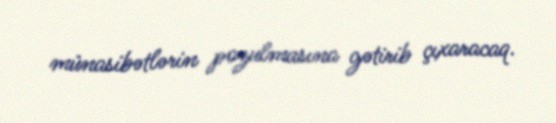
münasibətlərin pozulmasına gətirib çıxaracaq.